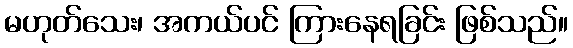
မဟုတ်သေး၊ အကယ်ပင် ကြားနေရခြင်း ဖြစ်သည်။